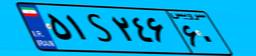
۵۱S۲۴۶۶۰